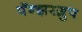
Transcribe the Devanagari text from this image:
पॅन्झरग्रुप